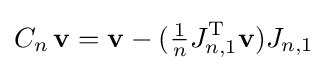
C_{n}\,\mathbf {v} =\mathbf {v} -({\tfrac {1}{n}}J_{n,1}^{\textrm {T}}\mathbf {v} )J_{n,1}